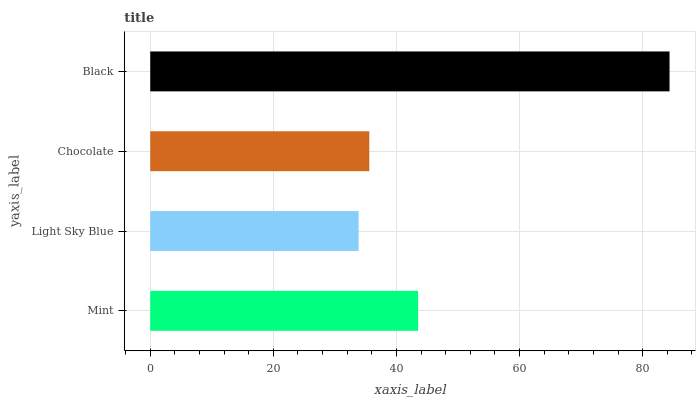
| yaxis_label | bars |
 | --- | --- |
 | Mint | 43.5 |
 | Light Sky Blue | 33.8 |
 | Chocolate | 35.6 |
 | Black | 84.4 |